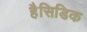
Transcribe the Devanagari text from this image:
हैसिडिक